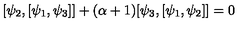
[ \psi _ { 2 } , [ \psi _ { 1 } , \psi _ { 3 } ] ] + ( \alpha + 1 ) [ \psi _ { 3 } , [ \psi _ { 1 } , \psi _ { 2 } ] ] = 0